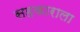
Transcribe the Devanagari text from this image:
सहकाराला